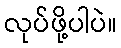
လုပ်ဖို့ပါပဲ။